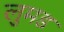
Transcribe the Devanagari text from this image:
लुमड